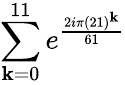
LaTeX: \sum_{\mathbf{k}=0}^{11}e^{\frac{{2i\pi(21)^{\mathbf{k}}}}{{61}}}